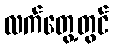
လက်တွေ့တွင်